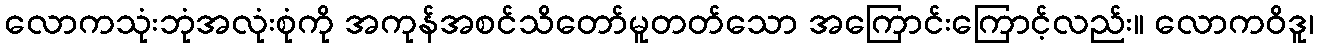
လောကသုံးဘုံအလုံးစုံကို အကုန်အစင်သိတော်မူတတ်သော အကြောင်းကြောင့်လည်း။ လောကဝိဒူ၊